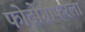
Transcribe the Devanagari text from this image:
फोटोग्राफरला